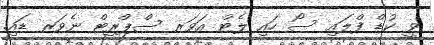
ވީ ކުޑް ފްލައި ސޯ ހައި ލެޓް އަވަރ ސްޕްރިޓް ނެވަރ ޑައި.